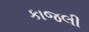
કાજલી